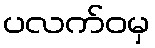
ပလက်ဝမှ